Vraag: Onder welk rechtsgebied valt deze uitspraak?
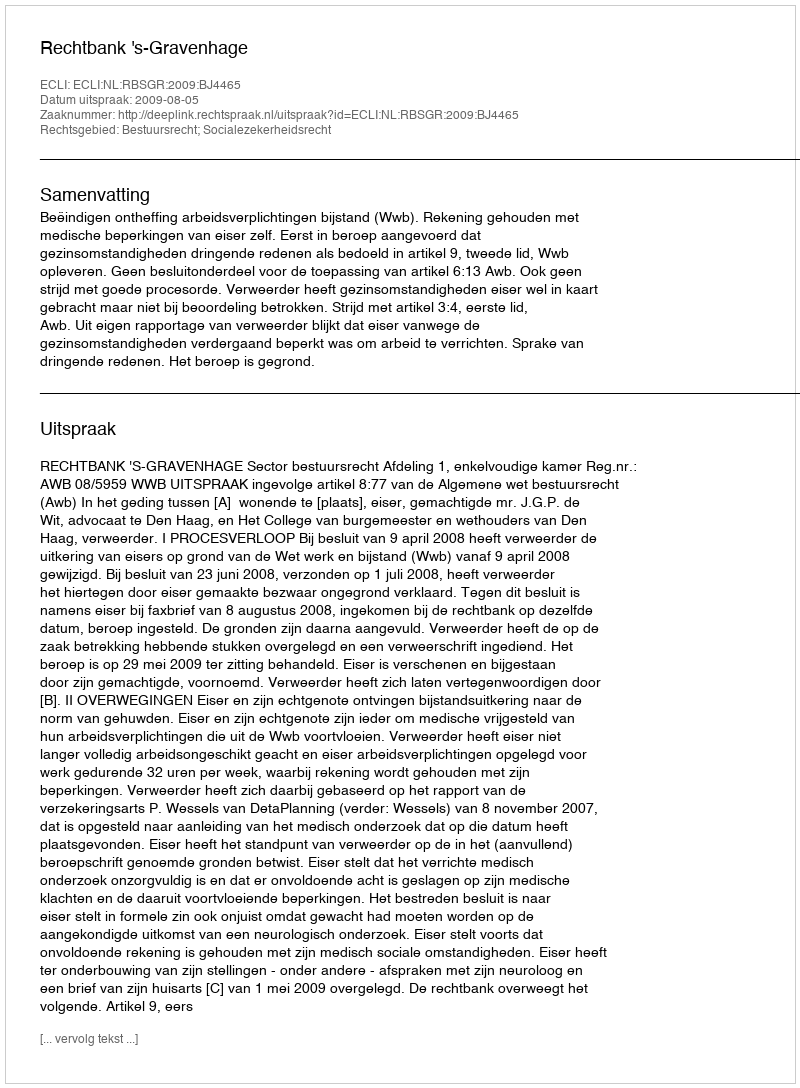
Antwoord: Bestuursrecht; Socialezekerheidsrecht